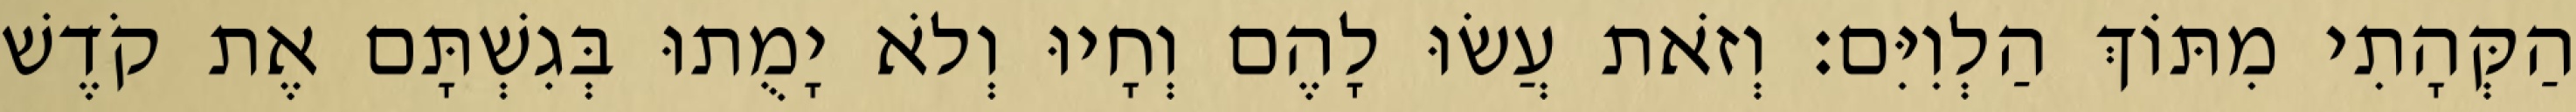
הַקְּהָתִי מִתּוֹךְ הַלְוִיִּם׃ וְזֹאת עֲשׂוּ לָהֶם וְחָיוּ וְלֹא יָמֻתוּ בְּגִשְׁתָּם אֶת קֹדֶשׁ